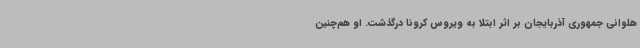
هلوانی جمهوری آذربایجان بر اثر ابتلا به ویروس کرونا درگذشت. او هم‌چنین